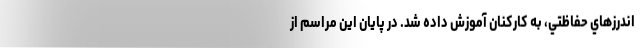
اندرزهاي حفاظتي، به کارکنان آموزش داده شد. در پایان این مراسم از